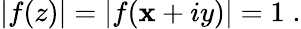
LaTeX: \left|f(z)\right|=\left|f(\mathbf{x}+iy)\right|=1\; .